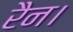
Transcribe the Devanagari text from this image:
रैन।